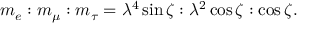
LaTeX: m _ { e } : m _ { \mu } : m _ { \tau } = \lambda ^ { 4 } \sin \zeta : \lambda ^ { 2 } \cos \zeta : \cos \zeta .